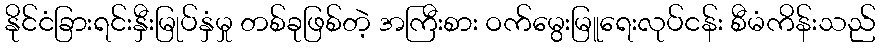
နိုင်ငံခြားရင်းနှီးမြုပ်နှံမှု တစ်ခုဖြစ်တဲ့ အကြီးစား ဝက်မွေးမြူရေးလုပ်ငန်း စီမံကိန်းသည်